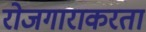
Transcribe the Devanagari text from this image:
रोजगाराकरता